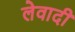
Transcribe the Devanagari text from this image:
लेवादी